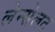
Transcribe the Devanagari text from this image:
लेन्सेलट